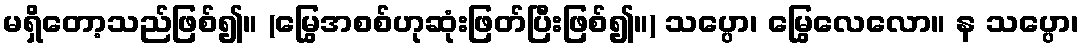
မရှိတော့သည်ဖြစ်၍။ (မြွေအစစ်ဟုဆုံးဖြတ်ပြီးဖြစ်၍။) သပ္ပော၊ မြွေလေလော။ န သပ္ပော၊